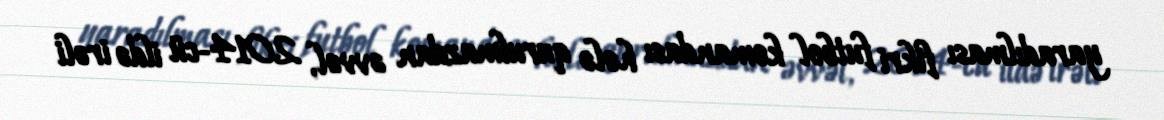
yaradılması fikri futbol komandası hələ qurulmazdan əvvəl, 2014-cü ildə irəli